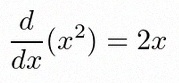
\frac{d}{dx}(x^2)=2x